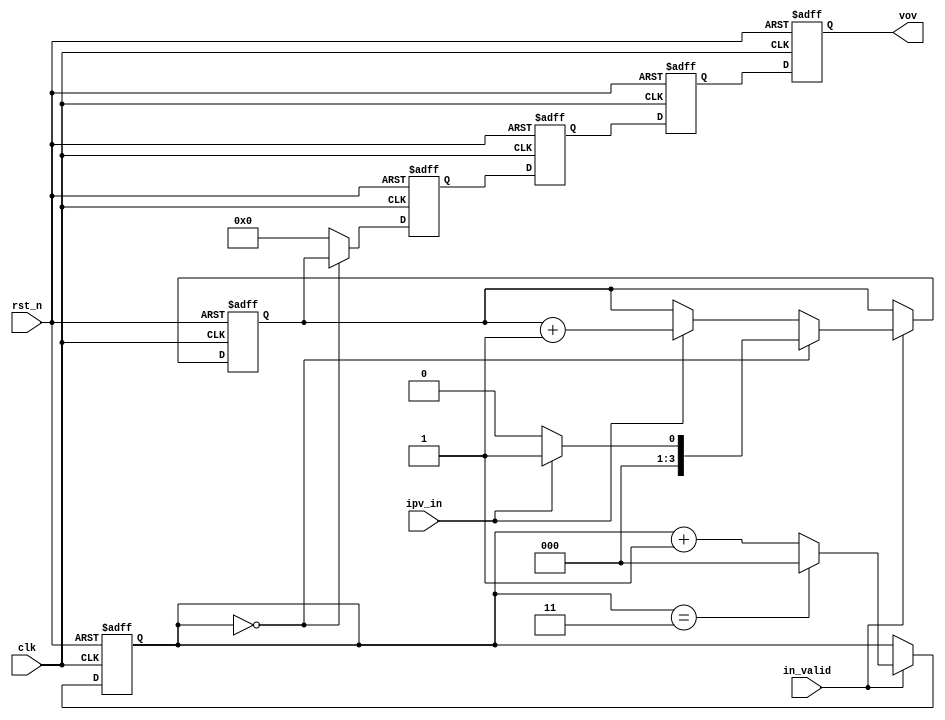
module IPV_reducer #(parameter k = 4)(
  input  clk,
  input  rst_n,
  input  ipv_in,
  input  in_valid,
  output [3:0] vov
);

///////////////////////////////////////////
/////          parameter              /////
///////////////////////////////////////////

parameter stall_cycle = 4;

///////////////////////////////////////////
/////          reg & wire             /////
///////////////////////////////////////////

reg [2:0] counter, next_counter; // for k max = 8
reg [k-1:0] ipv, next_ipv;
reg [k-1:0] ipv_stall[0:stall_cycle-1], next_ipv_stall[0:stall_cycle-1];

///////////////////////////////////////////
/////          combinational          /////
///////////////////////////////////////////

assign vov = ipv_stall[stall_cycle-1];

// input & state logic
always @(*) begin
  
  if (in_valid) begin
    if (counter == k-1) begin
    next_counter = 3'd0;
    end
    else begin
      next_counter = counter + 1;
    end

    if (counter == 0) begin
      next_ipv = ipv_in ? 4'b1 : 4'b0;
    end
    else begin
      if (ipv_in) begin
        next_ipv = ipv+1;
      end
      else begin
        next_ipv = ipv;
      end
    end
  end
  else begin
    next_counter = counter;
    next_ipv = ipv;
  end
  
end

// stall logic
integer i;
always @(*) begin
  for(i = 1; i < stall_cycle; i=i+1) begin
    next_ipv_stall[i] = ipv_stall[i-1];
  end
  if (counter == 0) begin
    next_ipv_stall[0] = ipv;
  end
  else begin
    next_ipv_stall[0] = 0;
  end
end

///////////////////////////////////////////
/////           sequential            /////
///////////////////////////////////////////
integer j;
always @(posedge clk or negedge rst_n) begin
  if (!rst_n) begin
    counter <= 0;
    for(j = 0; j < stall_cycle; j=j+1) begin
      ipv_stall[j] <= 0;
    end
    ipv <= 0;
  end
  else begin
    counter <= next_counter;
    for(j = 0; j < stall_cycle; j=j+1) begin
      ipv_stall[j] <= next_ipv_stall[j];
    end
    ipv <= next_ipv;
  end
end

endmodule